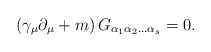
\begin{align*}\left( \gamma _\mu \partial _\mu +m\right) G_{\alpha _1\alpha_2...\alpha _s}=0 .\end{align*}